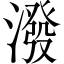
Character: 潑